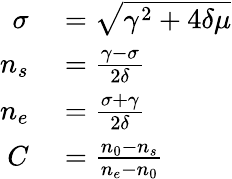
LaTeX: \begin{array}{rl}{\sigma}&{{}=\sqrt{\gamma^{2}+4\delta\mu}}\\ {n_{s}}&{{}=\frac{\gamma-\sigma}{2\delta}}\\ {n_{e}}&{{}=\frac{\sigma+\gamma}{2\delta}}\\ {C}&{{}=\frac{n_{0}-n_{s}}{n_{e}-n_{0}}}\end{array}